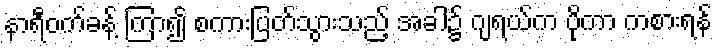
နာရီဝက်ခန့် ကြာ၍ စကားပြတ်သွားသည့် အခါ၌ ဂျရယ်က ပိုကာ ကစားရန်